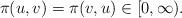
LaTeX: \begin{align*}\pi(u,v)=\pi(v,u)\in[0,\infty).\end{align*}